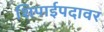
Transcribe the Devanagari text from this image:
शिपाईपदावर